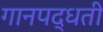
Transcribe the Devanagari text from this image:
गानपद्धती